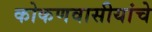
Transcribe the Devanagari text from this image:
कोकणवासीयांचे